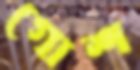
গোশ